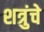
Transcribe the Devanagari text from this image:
शत्रुंचे